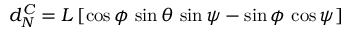
d _ { N } ^ { C } = L \, [ \cos \phi \, \sin \theta \, \sin \psi - \sin \phi \, \cos \psi ]